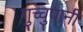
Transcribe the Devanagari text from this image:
गुच्चुपानी